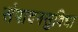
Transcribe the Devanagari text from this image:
संपादनसुविधा